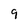
Character: 9